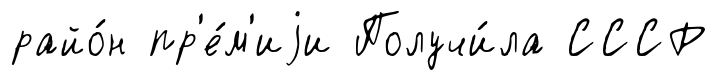
райо́н пр'е́м'иjи Получи́ла СССР